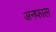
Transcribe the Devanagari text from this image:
अनफाल